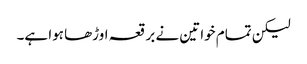
لیکن تمام خواتین نے برقعہ اوڑھا ہوا ہے۔